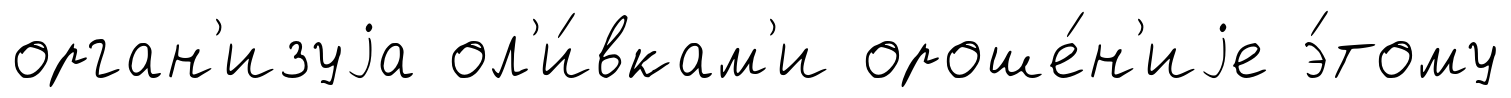
орган'изуjа ол'и́вкам'и ороше́н'иjе э́тому